Civil Veterinary Dept. Bombay admin report 1923-31 - 1923-1931
Year: 1923
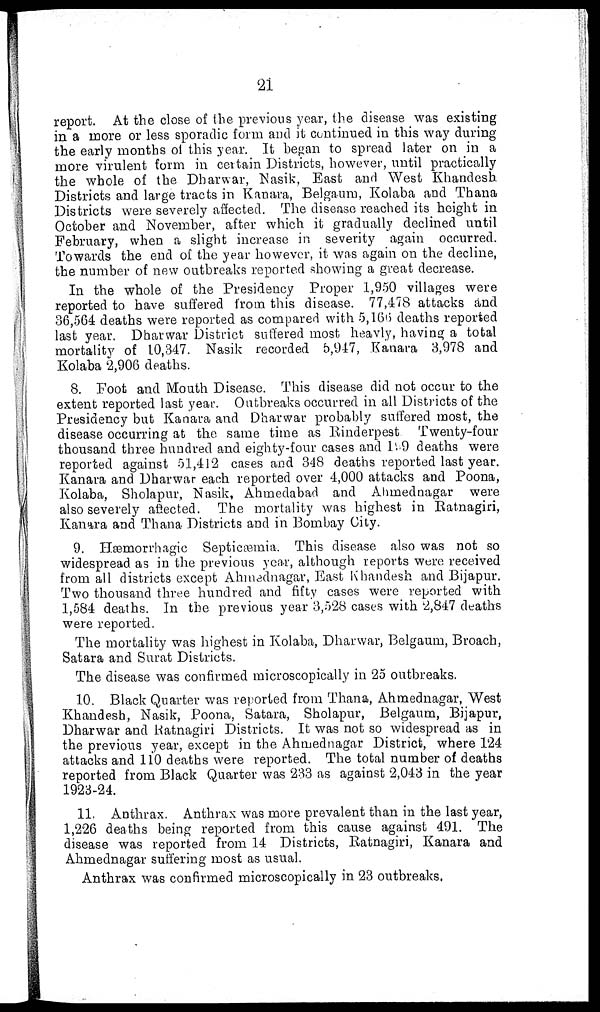
21
report. At the close of the previous year, the disease was existing
in a more or less sporadic form and it continued in this way during
the early months of this year. It began to spread later on in a
more virulent form in certain Districts, however, until practically
the whole of the Dharwar, Nasik, East and West Khandesh
Districts and large tracts in Kanara, Belgaum, Kolaba and Thana
Districts were severely affected. The disease reached its height in
October and November, after which it gradually declined until
February, when a slight increase in severity again occurred.
Towards the end of the year however, it was again on the decline,
the number of new outbreaks reported showing a great decrease.
In the whole of the Presidency Proper 1,950 villages were
reported to have suffered from this disease. 77,478 attacks and
36,564 deaths were reported as compared with 5,166 deaths reported
last year. Dharwar District suffered most heavly, having a total
mortality of 10,347. Nasik recorded 5,947, Kanara 3,978 and
Kolaba 2,906 deaths.
8. Foot and Mouth Disease. This disease did not occur to the
extent reported last year. Outbreaks occurred in all Districts of the
Presidency but Kanara and Dharwar probably suffered most, the
disease occurring at the same time as Rinderpest
Twenty-four
thousand three hundred and eighty-four cases and 199 deaths were
reported against 51,412 cases and 348 deaths reported last year.
Kanara and Dharwar each reported over 4,000 attacks and Poona,
Kolaba, Sholapur, Nasik, Ahmedabad and Ahmednagar were
also severely affected. The mortality was highest in Ratnagiri,
Kanara and Thana Districts and in Bombay City.
9. Hæmorrhagic Septicæmia. This disease also was not so
widespread as in the previous year, although reports were received
from all districts except Ahmednagar, East Khandesh and Bijapur.
Two thousand three hundred and fifty cases were reported with
1,584 deaths. In the previous year 3,528 cases with 2,847 deaths
were reported.
The mortality was highest in Kolaba, Dharwar, Belgaum, Broach,
Satara and Surat Districts.
The disease was confirmed microscopically in 25 outbreaks.
10. Black Quarter was reported from Thana, Ahmednagar, West
Khandesh, Nasik, Poona, Satara, Sholapur, Belgaum, Bijapur,
Dharwar and Ratnagiri Districts. It was not so widespread as in
the previous year, except in the Ahmednagar District, where 124
attacks and 110 deaths were reported. The total number of deaths
reported from Black Quarter was 233 as against 2,043 in the year
1923-24.
11. Anthrax. Anthrax was more prevalent than in the last year,
1,226 deaths being reported from this cause against 491. The
disease was reported from 14 Districts, Ratnagiri, Kanara and
Ahmednagar suffering most as usual.
Anthrax was confirmed microscopically in 23 outbreaks,